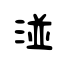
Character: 湴